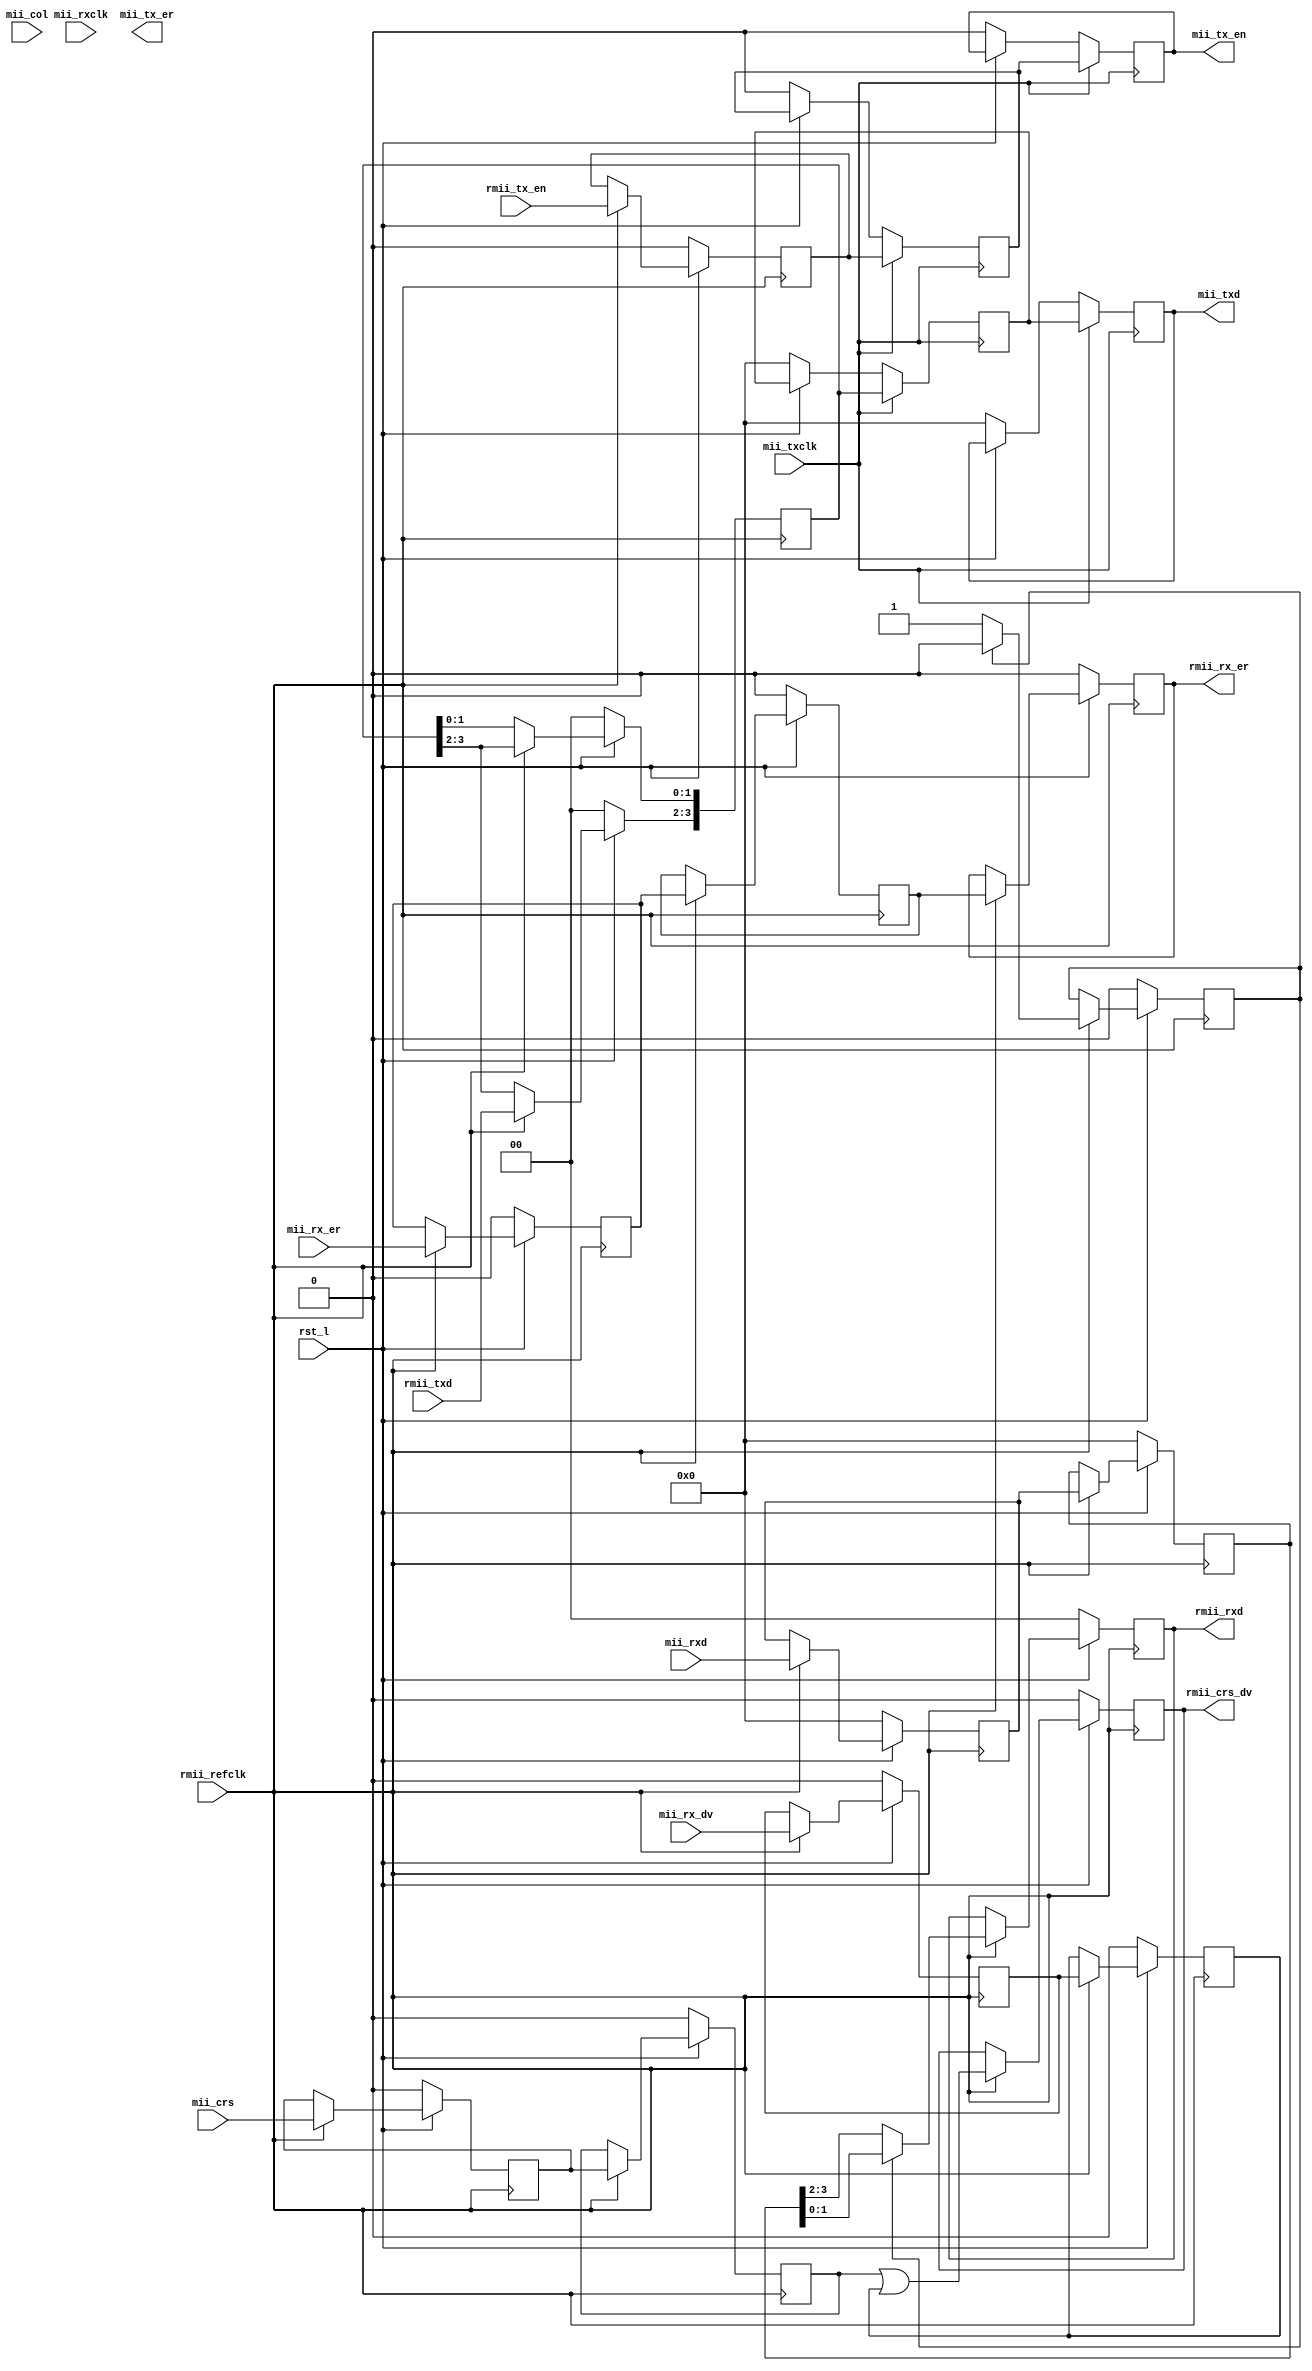
`timescale 1ps/1ps

module rmii_mii(
    //rmii
    rmii_refclk,
    rst_l,

    rmii_txd,
    rmii_tx_en,

    rmii_rx_er,
    rmii_crs_dv,
    rmii_rxd,

    //mii
    mii_rxclk,
    mii_rxd,
    mii_rx_dv,
    mii_rx_er,
    mii_crs,
    mii_col,

    mii_txclk,
    mii_txd,
    mii_tx_en,
    mii_tx_er

);

//rmii interface
input rmii_refclk;
input rst_l;

input [1:0] rmii_txd;
input rmii_tx_en;

output rmii_rx_er;
output rmii_crs_dv;
output [1:0] rmii_rxd;

//mii interface
input mii_rxclk;
input [3:0] mii_rxd;
input mii_rx_dv;
input mii_rx_er;
input mii_crs;
input mii_col;

input mii_txclk;
output [3:0] mii_txd;
output mii_tx_en;
output mii_tx_er;


//internal signals
reg [3:0] mii_data_rx_r1;
reg [3:0] mii_data_rx_r2;
reg [1:0] rmii_data_rx_r1;
reg nib;

reg mii_crs_r1;
reg mii_crs_r2;
reg mii_rx_dv_r1;
reg mii_rx_dv_r2;
reg rmii_crs_dv_r1;

reg mii_rx_er_r1;
reg mii_rx_er_r2;
reg rmii_rx_er_r1;


reg [3:0] mii_data_tx_r1;
reg [3:0] mii_data_tx_r2;
reg [3:0] mii_data_tx_r3;
reg mii_tx_en_r1;
reg mii_tx_en_r2;
reg mii_tx_en_r3;

reg mii_clk_rx_r;
reg crs_dv_r;

// -------------------------- RMII/MII Transmit Path --------------------- \\\\
//rmii to mii (tx)
always @ (posedge(rmii_refclk)) begin
    if(rst_l == 1'b0) begin
        mii_data_tx_r1 <= 4'b0000;
        mii_tx_en_r1   <= 1'b0;
    end

    else if(rmii_refclk == 1'b1) begin
        mii_data_tx_r1[1:0] <= mii_data_tx_r1[3:2];
        mii_data_tx_r1[3:2] <= rmii_txd;
        mii_tx_en_r1 <= rmii_tx_en;
    end
end

//sync mii to mii tx_clk domain
always @ (posedge(mii_txclk)) begin
    if(rst_l == 1'b0) begin
        mii_data_tx_r2 <= 4'b0000;
        mii_data_tx_r3 <= 4'b0000;

        mii_tx_en_r2   <= 1'b0;
        mii_tx_en_r3   <= 1'b0;
    end

    if(mii_txclk == 1'b1) begin
        mii_data_tx_r2 <= mii_data_tx_r1;
        mii_data_tx_r3 <= mii_data_tx_r2;

        mii_tx_en_r2   <= mii_tx_en_r1;
        mii_tx_en_r3   <= mii_tx_en_r2;
    end

end

assign mii_txd   = mii_data_tx_r3;
assign mii_tx_en = mii_tx_en_r3;

// -------------------------- RMII/MII Receive Path --------------------- \\\\
//sync mii rx signals to rmii rx clock domain
always @ (posedge(rmii_refclk)) begin
    if(rst_l == 1'b0) begin
        mii_data_rx_r1 <= 4'b0000;
        mii_data_rx_r2 <= 4'b0000;
        mii_crs_r1 <= 1'b0;
        mii_crs_r2 <= 1'b0;

        mii_rx_dv_r1 <= 1'b0;
        mii_rx_dv_r2 <= 1'b0;

        mii_rx_er_r1 <= 1'b0;
        mii_rx_er_r2 <= 1'b0;
    end

    else if (rmii_refclk == 1'b1) begin
        mii_data_rx_r1 <= mii_rxd;
        mii_data_rx_r2 <= mii_data_rx_r1;

        mii_crs_r1 <= mii_crs;
        mii_crs_r2 <= mii_crs_r1;

        mii_rx_dv_r1 <= mii_rx_dv;
        mii_rx_dv_r2 <= mii_rx_dv_r1;

        mii_rx_er_r1 <= mii_rx_er;
        mii_rx_er_r2 <= mii_rx_er_r1;
    end
end

//convert synced mii data to rmii data
always @ (posedge(rmii_refclk)) begin
    if(rst_l == 1'b0) begin
        rmii_data_rx_r1 <= 2'b00;
        rmii_crs_dv_r1  <= 1'b0;
        rmii_rx_er_r1   <= 1'b0;
        nib <= 1'b0;
    end
    else if (rmii_refclk == 1'b1) begin
        if(nib == 1'b0) begin
            rmii_data_rx_r1[1:0] <= mii_data_rx_r2[3:2];
            nib <= 1;
        end
        else begin
            rmii_data_rx_r1[1:0] <= mii_data_rx_r2[1:0];
            nib <= 0;
        end
        rmii_crs_dv_r1 <= (mii_crs_r2 | mii_rx_dv_r2);
        rmii_rx_er_r1  <= mii_rx_er_r2;
    end
end

assign rmii_rxd    = rmii_data_rx_r1;
assign rmii_crs_dv = rmii_crs_dv_r1;
assign rmii_rx_er  = rmii_rx_er_r1;

endmodule